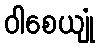
ဝါစေယျုံ